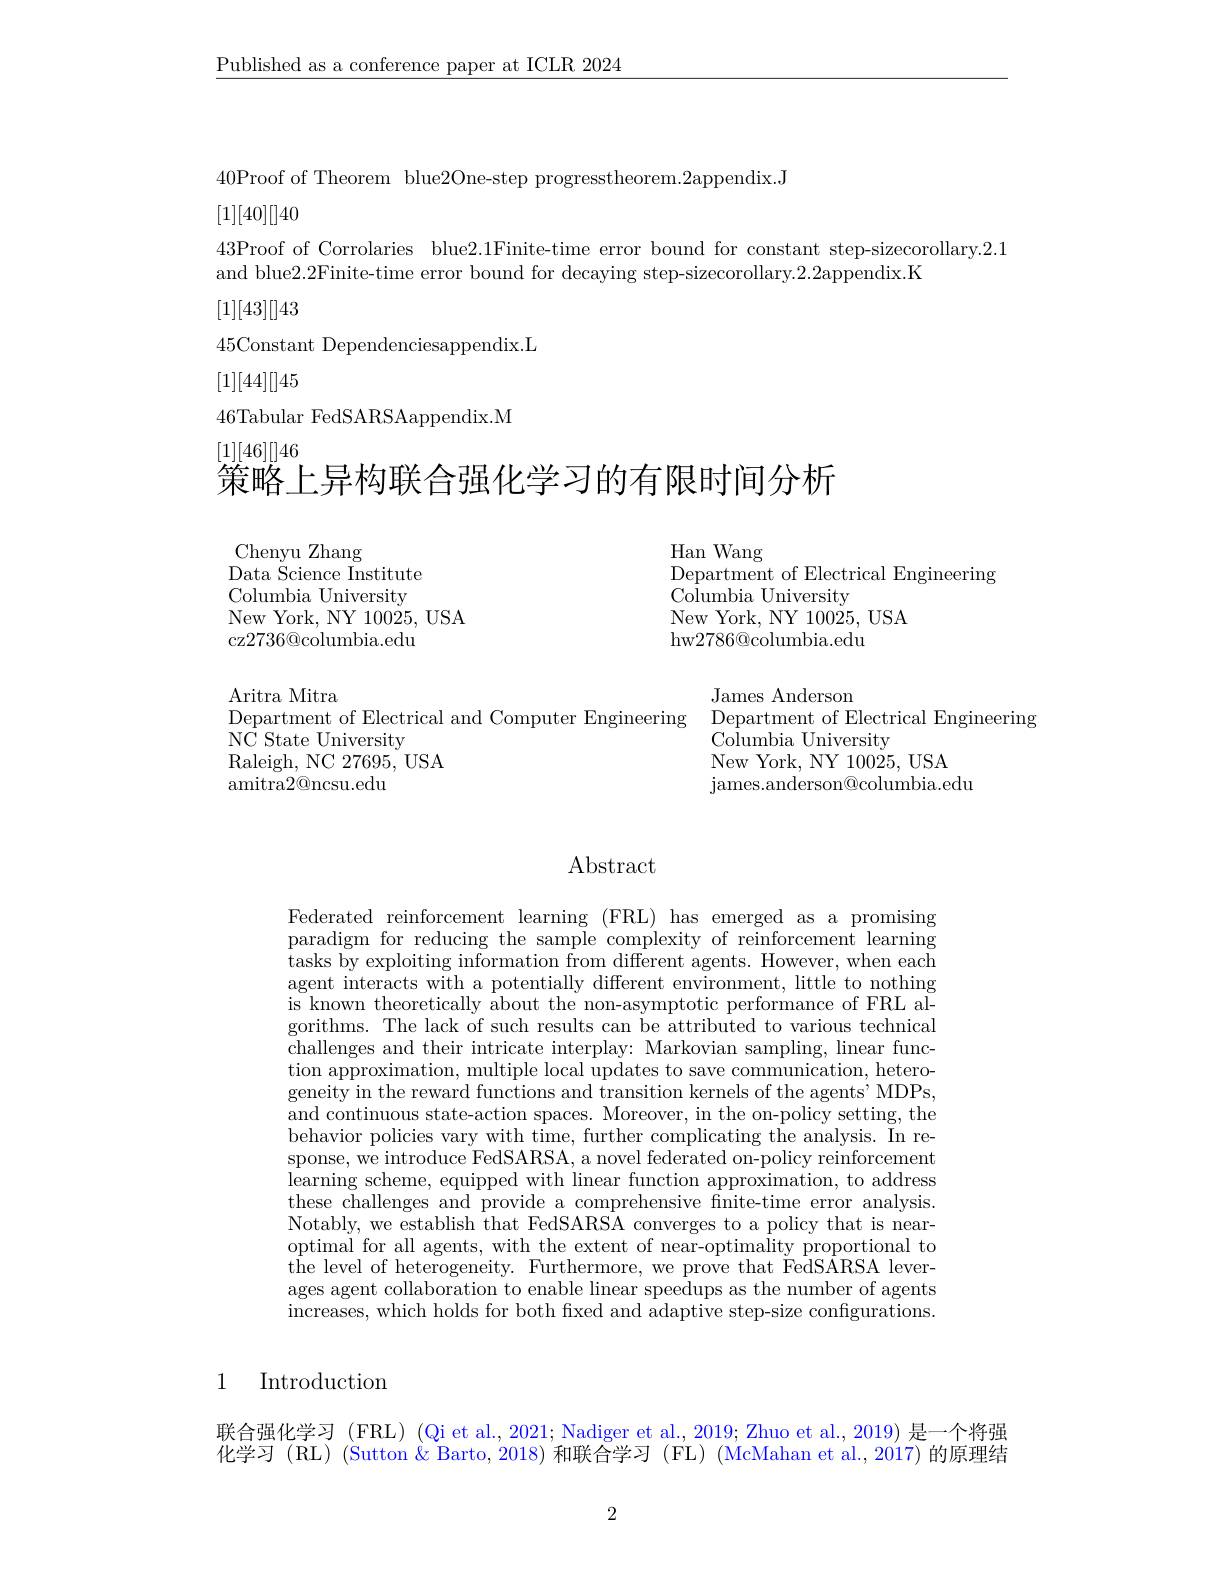
$\underline{\text{Published as a conference paper at ICLR 2024}}$

40Proof of Theorem blue2One-step progresstheorem.2appendix.J

[1][40][]40
43Proof of Corrolaries blue2.1Finite-time error bound for constant step-sizecorollary.2.1
and blue2.2Finite-time error bound for decaying step-sizecorollary.2.2appendix.K
[1][43][]43
45Constant Dependenciesappendix.L
[1][44][]45
46Tabular FedSARSAappendix.M

# [1][46][]46
策略上异构联合强化学习的有限时间分析

Chenyu Zhang
$\mathop{\mathrm{Data~\tilde{S}cience~Institute}}$ Columbia University New York, NY 10025, USA
cz2736@columbia.edu

Han Wang
$\bar{\text{Department of Electrical Engineering}}$
Columbia University
New York, NY 10025, USA
hw2786@columbia.edu

James Anderson
Aritra Mitra
Department of Electrical and Computer Engineering Department of Electrical Engineering
NC State University
${\tilde{\text{Columbia University}}}$
Raleigh, NC 27695, USA
New York, NY 10025, USA
amitra2@ncsu.edu
james. anderson@ columbia. edu

# Abstract

Federated reinforcement learning (FRL) has emerged as a promising paradigm for reducing the sample complexity of reinforcement learning tasks by exploiting information from different agents. However, when each agent interacts with a potentially different environment, little to nothing is known theoretically about the non-asymptotic performance of FRL algorithms. The lack of such results can be attributed to various technical challenges and their intricate interplay: Markovian sampling, linear function approximation, multiple local updates to save communication, heterogeneity in the reward functions and transition kernels of the agents' MDPs, and continuous state-action spaces. Moreover, in the on-policy setting, the behavior policies vary with time, further complicating the analysis. In response, we introduce FedSARSA, a novel federated on-policy reinforcement learning scheme, equipped with linear function approximation, to address these challenges and provide a comprehensive finite-time error analysis. Notably, we establish that FedSARSA converges to a policy that is nearoptimal for all agents, with the extent of near-optimality proportional to $\bar{\text{the level of heterogeneity. Furthermore, we prove that FedSARSA lever-}}$ ages agent collaboration to enable linear speedups as the number of agents increases, which holds for both fxed and adaptive step-size configurations.

1

Introduction

联合强化学习 (FRL) (Qi et al., 2021; Nadiger et al., 2019; Zhuo et al., 2019) 是一个将强化学习(RL)(Sutton $\&$ Barto, 2018) 和联合学习(FL)(McMahan et al., 2017)的原理结

2